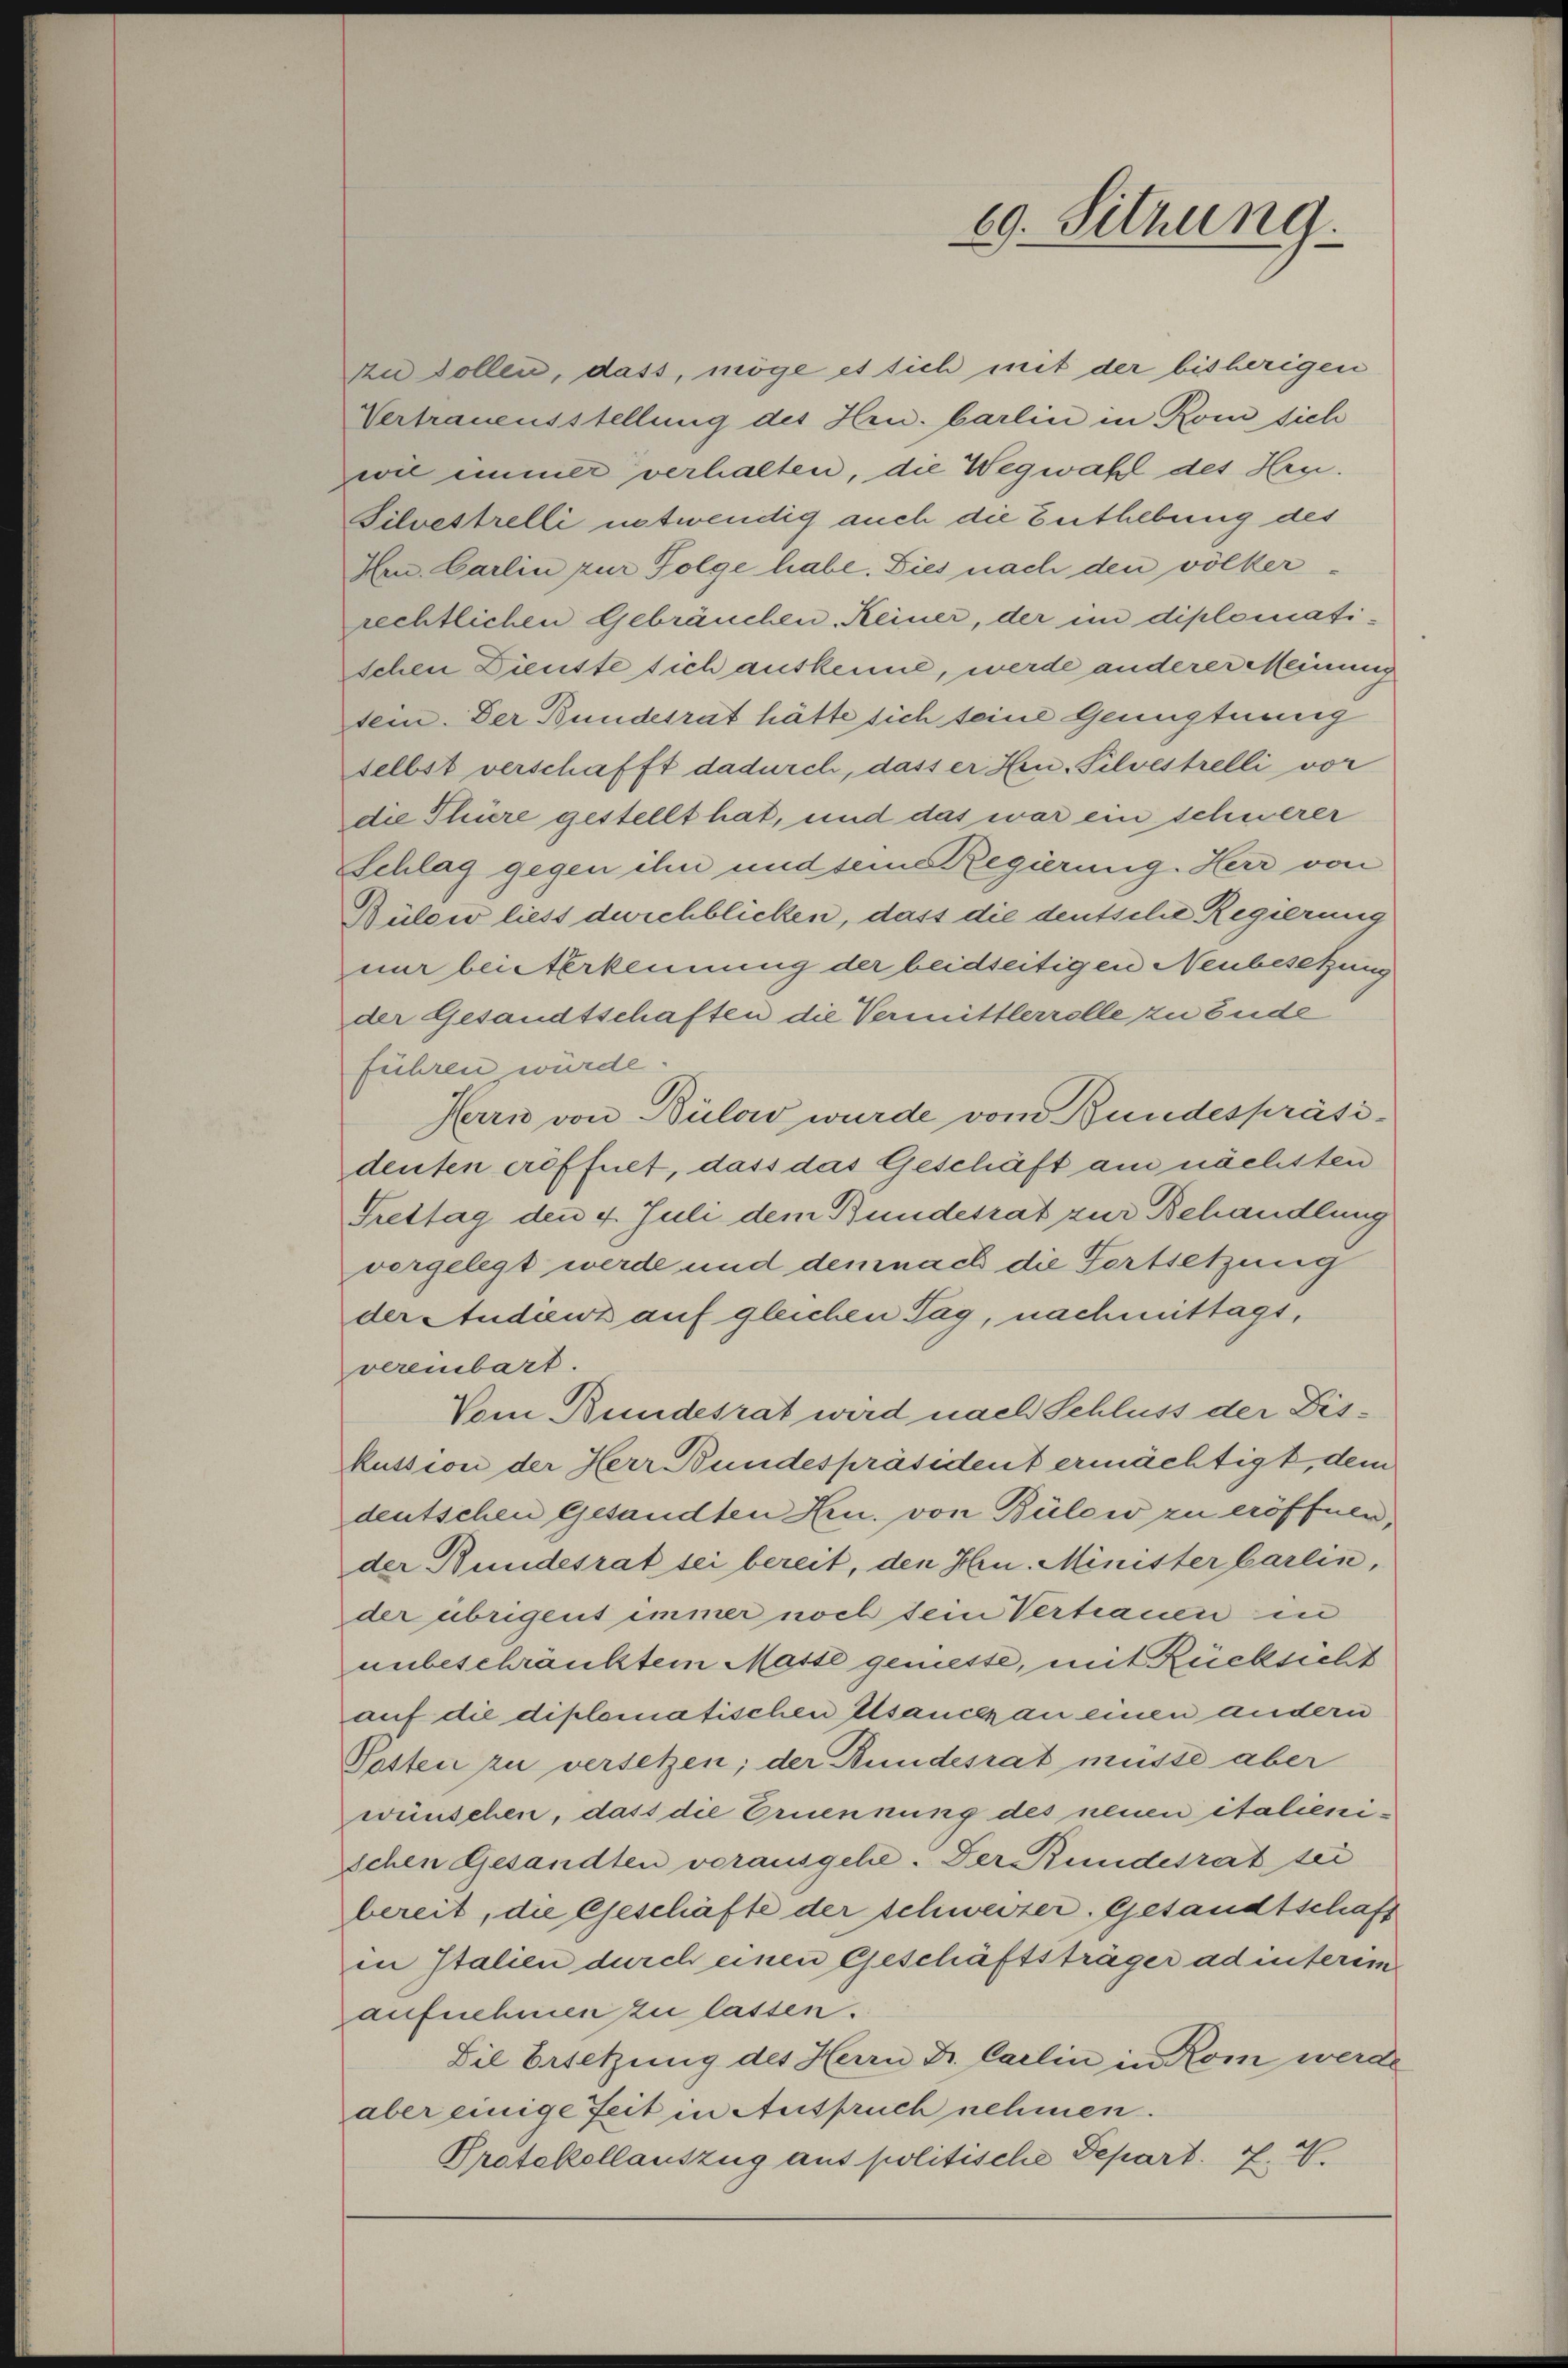
69. Sitzung.

Au sollen, dass, möge et sich mit der bisherigen
Vertrauensstellung des Hrn. barlin in Rom sich
wil immer verhalten, die Wegwahl des Hrn.
Silvestrelli entwendig auch die Enthebung des
Hrn. Carlin zur Folge habe. Dies nach den völker-
rechtlichen Gebräuchen. Keiner, der in diplomati¬
Schen Dienste sich auskenne, werde anderer Meinung
sein. Der Bundesrat hätte sich seine Genugtuung
selbst verschafft dadurch, dass er Hrn. Silvestrelli vor
die Thüre gestellt hat, und das war ein schwerer
Schlag gegen ihn und sein Regierung. Herr von
Bülow liess durchblicken, dass die deutsche Regierung
nur beisterkennung der beidseitigen Neubesetzung
der Gesandtschaften die Vermittlerrelle zu Ende
führen wurde.
Herrn von Bülow wurde vom Bundespräsi-
denten eröffnet, dass das Geschäft am nächsten
Freitag den 4. Juli dem Bundesrat zur Behandlung
vorgelegt werde und demnach die Fortsetzung
der Audienz auf gleichen Tag, nachmittags,
vereinbart.
Vom Bundesrat wird nach Schluss der Diskussion der Herr Bundespräsident ermächtigt, dem
deutschen gesandten Hrn. von Bülow zu eröffnen,
der Bundesrat sei bereit, den Hrn. Minister barlin,
der übrigens immer noch sein Vertrauen in
unbeschränktem Masse gemesse, mit Rücksicht
auf die diplomatischen Elsance an einen andern
Posten zu versetzen; der Bundesrat müsse aber
wünschen, dass die Ernennung des neuen italienischen Gesandten vorausgehe. Der Bundesrat sei
bereit, die Geschäfte der schweizer. Gesandtschaft
in Italien durch einen Geschäftsträger ad interim
aufnehmen zu lassen.
Die Ersetzung des Herrn Dr. Carlin in Rom werde
aber einige Zeit in Anspruch nehmen.
Protekellauszug aus politische Depart. 7.7.